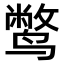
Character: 𫜁